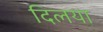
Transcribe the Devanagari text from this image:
दिलया